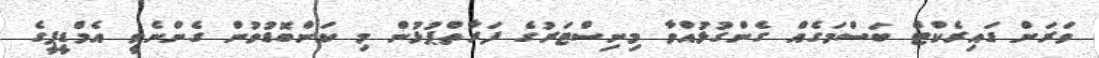
ވަރަށް ޑައިރެކްޓް ބަސްމަގެއް ގެންގުޅުއްވާ މިނިސްޓަރުގެ ފަރާތްޕުޅުން މި ކަންބޮޑުވުން ގެންނެވީ އެމްޑީޕީގެ